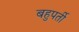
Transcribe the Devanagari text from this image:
बहुपर्ती